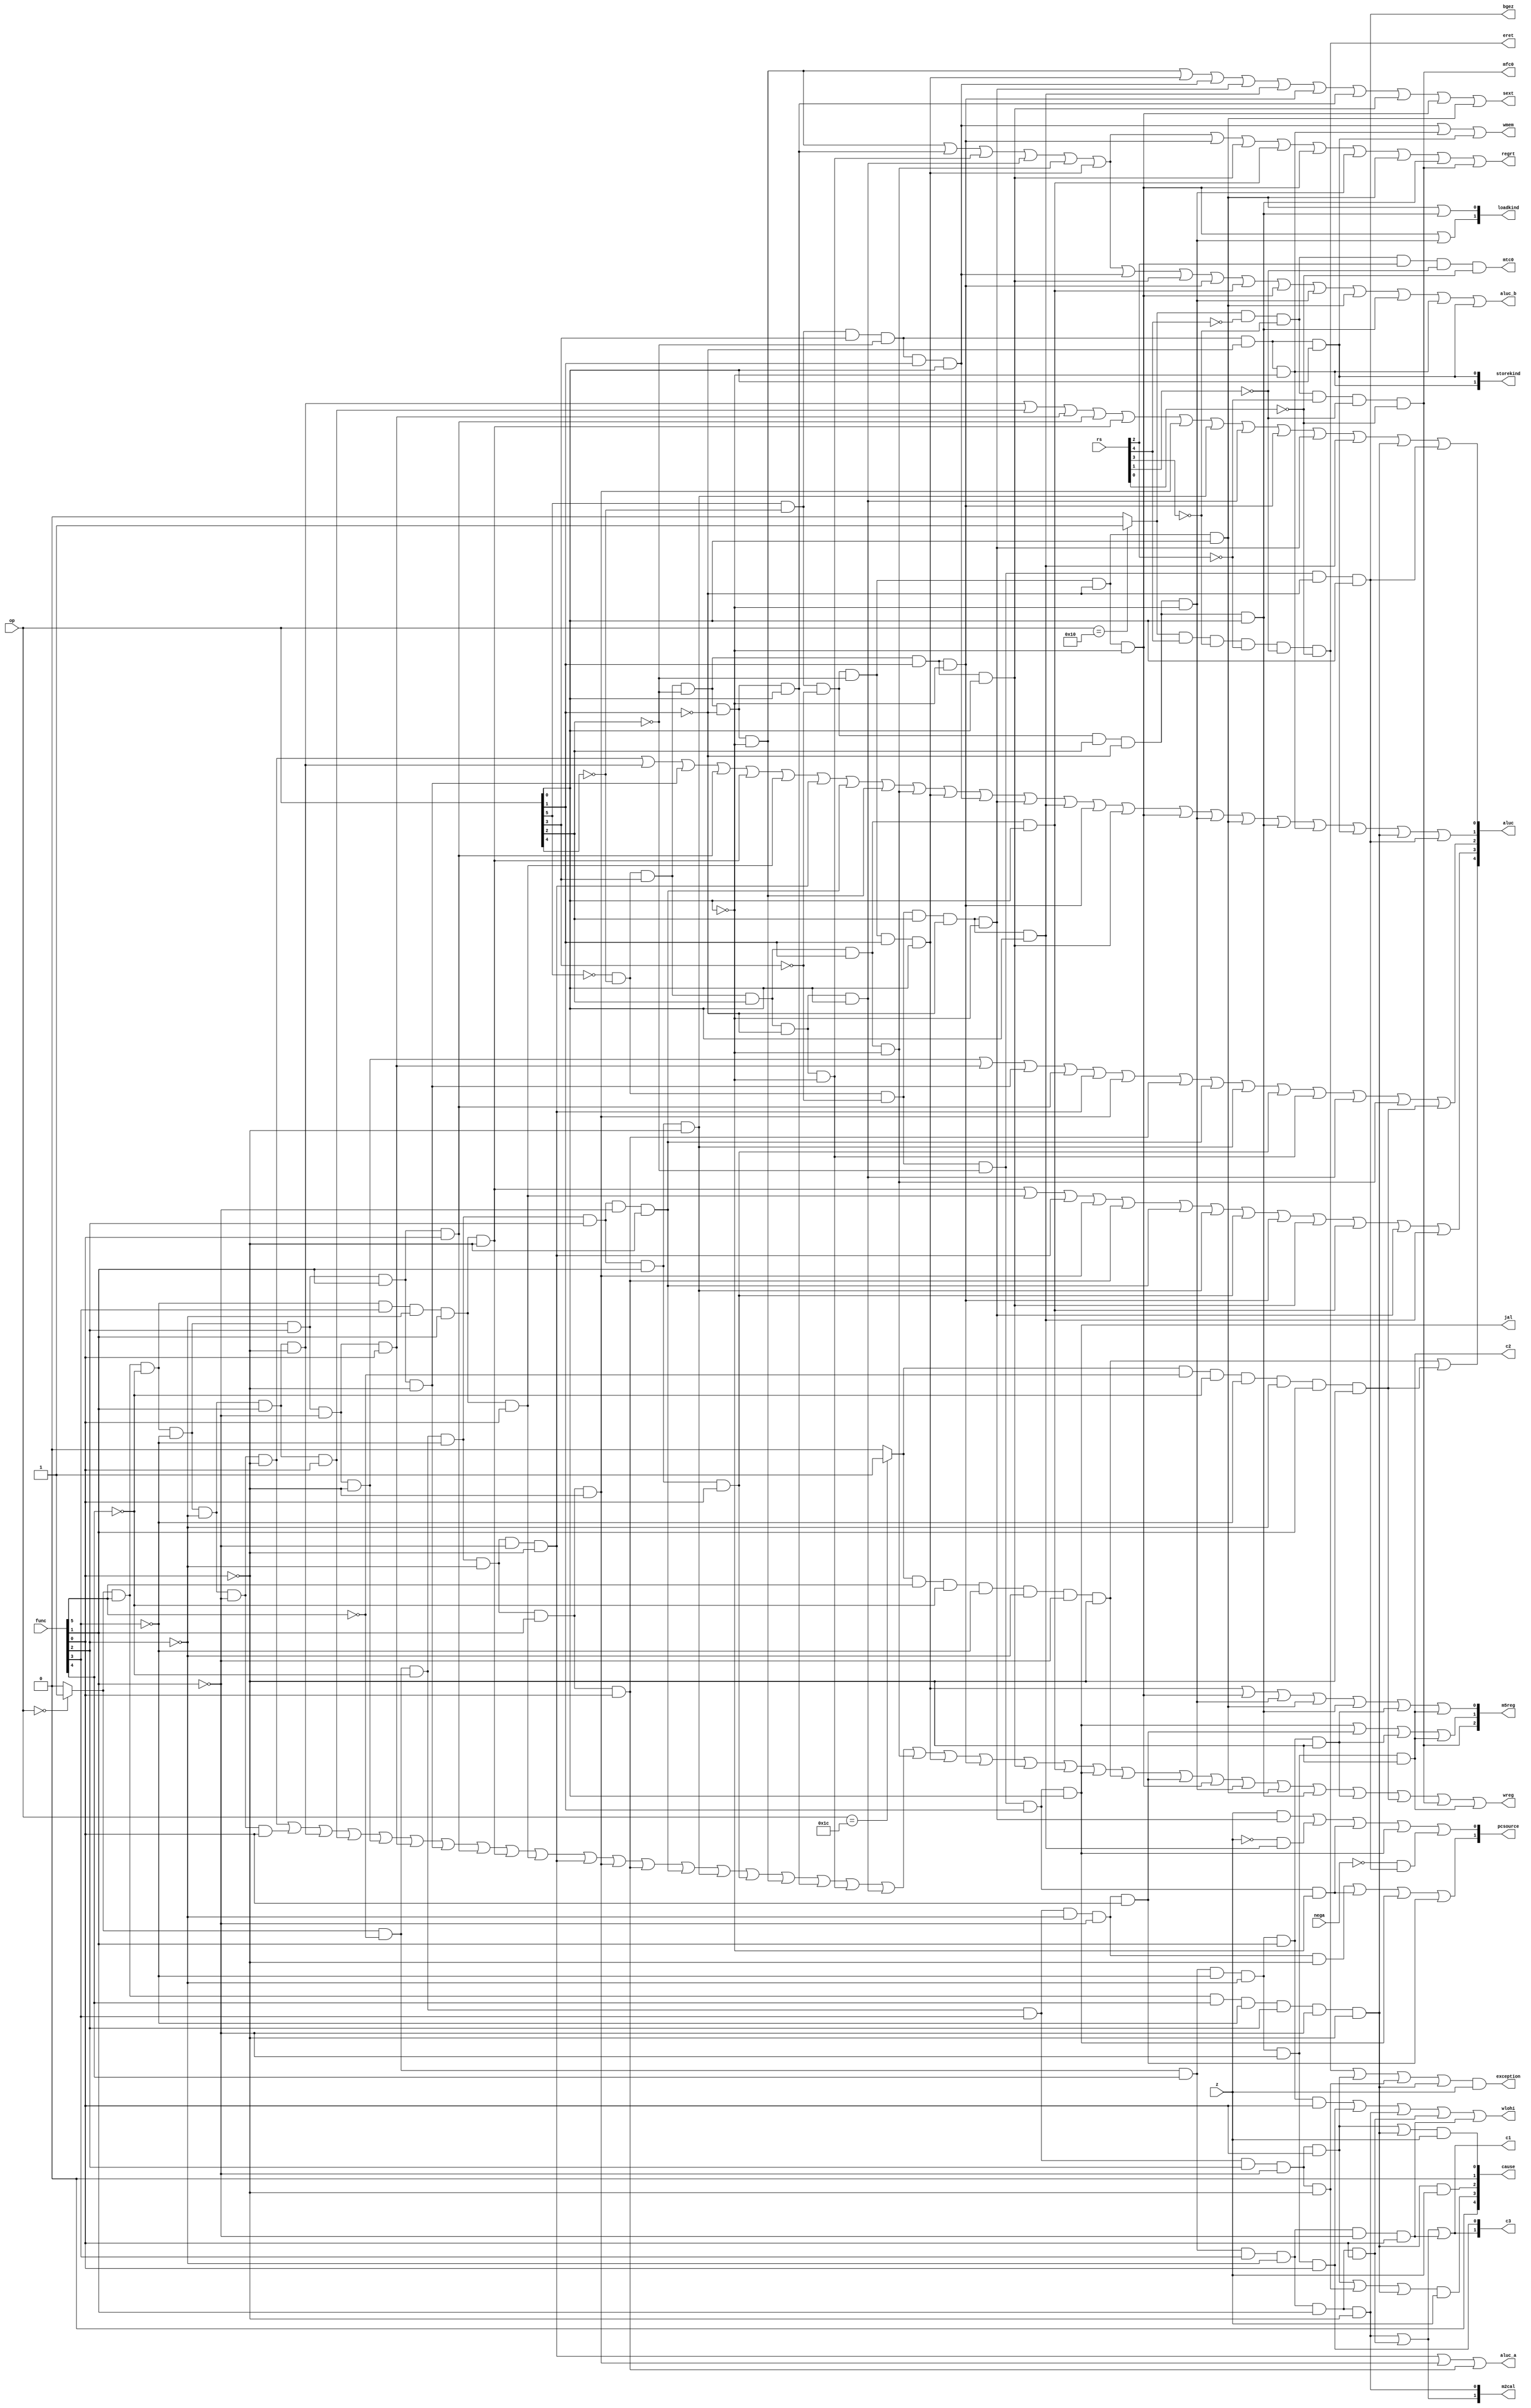
`timescale 1ns / 1ps

module Control_Unit(op,func,rs,z,nega,wmem,wreg,regrt,m5reg,aluc,aluc_a,aluc_b,jal,pcsource,sext,loadkind,
     storekind,m2cal,wlohi,c1,c2,exception,eret,mfc0,mtc0,cause,c3,bgez);
    input [5:0] op;
    input [5:0] func;
	input [4:0] rs;
    input z;  //zero
    input nega;   //negative
    output wmem;  //1Datamem 0:
    output wreg;  //1regfile 0
    output regrt; //reg 1rt0rd
    output [2:0] m5reg; //1(lw)0alu
    //2pc+43lohi4exc_addr
    output [4:0] aluc; //
    output aluc_a; //1shamt0regfilers
    output aluc_b; //1immediate0rd
    output jal;
    output [1:0] pcsource; //00PC+410jr01bnebeq 11j,jal
    //output call; //1PC+40alu
    output sext; //1sign-extend00zero-extend
    output [1:0] loadkind; //DMEMrt00:word,01:half-word 10:byte
    output [1:0] storekind;
    output [1:0] m2cal; // 00:mult 01:undiv 10:div
    output wlohi;
    output c1; //rs or lo/hi
    output c2; //lo or hi
    output exception;
    output eret;
    output mfc0;
    output mtc0;
    output [4:0] cause;
    output [1:0] c3;
    output bgez;
    
    //R-type
    wire r_type=(op==6'b000000)?1:0;
    wire add   =r_type&  func[5] &(~func[4])&(~func[3])&(~func[2])&(~func[1])&(~func[0]); //100000
    wire addu  =r_type&  func[5] &(~func[4])&(~func[3])&(~func[2])&(~func[1])&  func[0];  //100001
    wire sub   =r_type&  func[5] &(~func[4])&(~func[3])&(~func[2])&  func[1] &(~func[0]); //100010
    wire subu  =r_type&  func[5] &(~func[4])&(~func[3])&(~func[2])&  func[1] &  func[0];  //100011
    wire and_r =r_type&  func[5] &(~func[4])&(~func[3])&  func[2] &(~func[1])&(~func[0]); //100100
    wire or_r  =r_type&  func[5] &(~func[4])&(~func[3])&  func[2] &(~func[1])&  func[0];  //100101
    wire xor_r =r_type&  func[5] &(~func[4])&(~func[3])&  func[2] &  func[1] &(~func[0]); //100110
    wire nor_r =r_type&  func[5] &(~func[4])&(~func[3])&  func[2] &  func[1] &  func[0];  //100111
    wire slt   =r_type&  func[5] &(~func[4])&  func[3] &(~func[2])&  func[1] &(~func[0]); //101010
    wire sltu  =r_type&  func[5] &(~func[4])&  func[3] &(~func[2])&  func[1] &  func[0];  //101011
    wire sll   =r_type&(~func[5])&(~func[4])&(~func[3])&(~func[2])&(~func[1])&(~func[0]); //000000
    wire srl   =r_type&(~func[5])&(~func[4])&(~func[3])&(~func[2])&  func[1] &(~func[0]); //000010
    wire sra   =r_type&(~func[5])&(~func[4])&(~func[3])&(~func[2])&  func[1] &  func[0];  //000011
    wire sllv  =r_type&(~func[5])&(~func[4])&(~func[3])&  func[2] &(~func[1])&(~func[0]); //000100
    wire srlv  =r_type&(~func[5])&(~func[4])&(~func[3])&  func[2] &  func[1] &(~func[0]); //000110
    wire srav  =r_type&(~func[5])&(~func[4])&(~func[3])&  func[2] &  func[1] &  func[0];  //000111
    wire jr    =r_type&(~func[5])&(~func[4])&  func[3] &(~func[2])&(~func[1])&(~func[0]); //001000
	//new
	wire jalr  =r_type&(~func[5])&(~func[4])&  func[3] &(~func[2])&(~func[1])&  func[0];  //001001
	wire mfhi  =r_type&(~func[5])&  func[4] &(~func[3])&(~func[2])&(~func[1])&(~func[0]); //010000
	wire mthi  =r_type&(~func[5])&  func[4] &(~func[3])&(~func[2])&(~func[1])&  func[0];  //010001
	wire mflo  =r_type&(~func[5])&  func[4] &(~func[3])&(~func[2])&  func[1] &(~func[0]); //010010
	wire mtlo  =r_type&(~func[5])&  func[4] &(~func[3])&(~func[2])&  func[1] &  func[0];  //010011
	wire div   =r_type&(~func[5])&  func[4] &  func[3] &(~func[2])&  func[1] &(~func[0]); //011010
	wire divu  =r_type&(~func[5])&  func[4] &  func[3] &(~func[2])&  func[1] &  func[0];  //011011
	wire multu =r_type&(~func[5])&  func[4] &  func[3] &(~func[2])&(~func[1])&  func[0];  //011001
	wire i_break=r_type&(~func[5])&(~func[4])&  func[3] &  func[2] &(~func[1])&  func[0]; //001101
	wire teq   =r_type&  func[5] &  func[4] &(~func[3])&  func[2] &(~func[1])&(~func[0]); //110100
	wire syscall=r_type&(~func[5])&(~func[4])&  func[3] &  func[2] &(~func[1])&(~func[0]); //001100
    
    //I-type
    wire addi  =(~op[5])&(~op[4])&  op[3] &(~op[2])&(~op[1])&(~op[0]); //001000
    wire addiu =(~op[5])&(~op[4])&  op[3] &(~op[2])&(~op[1])&  op[0];  //001001
    wire andi  =(~op[5])&(~op[4])&  op[3] &  op[2] &(~op[1])&(~op[0]); //001100
    wire ori   =(~op[5])&(~op[4])&  op[3] &  op[2] &(~op[1])&  op[0];  //001101
    wire xori  =(~op[5])&(~op[4])&  op[3] &  op[2] &  op[1] &(~op[0]); //001110
    wire lw    =  op[5] &(~op[4])&(~op[3])&(~op[2])&  op[1] &  op[0];  //100011
    wire sw    =  op[5] &(~op[4])&  op[3] &(~op[2])&  op[1] &  op[0];  //101011
    wire beq   =(~op[5])&(~op[4])&(~op[3])&  op[2] &(~op[1])&(~op[0]); //000100
    wire bne   =(~op[5])&(~op[4])&(~op[3])&  op[2] &(~op[1])&  op[0];  //000101
    wire slti  =(~op[5])&(~op[4])&  op[3] &(~op[2])&  op[1] &(~op[0]); //001010
    wire sltiu =(~op[5])&(~op[4])&  op[3] &(~op[2])&  op[1] &  op[0];  //001011
    wire lui   =(~op[5])&(~op[4])&  op[3] &  op[2] &  op[1] &  op[0];  //001111
	//new
	wire lb    =  op[5] &(~op[4])&(~op[3])&(~op[2])&(~op[1])&(~op[0]); //100000
	wire lbu   =  op[5] &(~op[4])&(~op[3])&  op[2] &(~op[1])&(~op[0]); //100100
	wire lh    =  op[5] &(~op[4])&(~op[3])&(~op[2])&(~op[1])&  op[0];  //100001
	wire lhu   =  op[5] &(~op[4])&(~op[3])&  op[2] &(~op[1])&  op[0];  //100101
	wire sb    =  op[5] &(~op[4])&  op[3] &(~op[2])&(~op[1])&(~op[0]); //101000
	wire sh    =  op[5] &(~op[4])&  op[3] &(~op[2])&(~op[1])&  op[0];  //101001
	wire bgez  =(~op[5])&(~op[4])&(~op[3])&(~op[2])&(~op[1])&  op[0];  //000001
    
    //J-type
    wire j     =(~op[5])&(~op[4])&(~op[3])&(~op[2])&  op[1] &(~op[0]); //000010
    wire jal   =(~op[5])&(~op[4])&(~op[3])&(~op[2])&  op[1] &  op[0];  //000011 
	
	wire op_2  =(op==6'b010000)?1:0;
	wire mfc0  =op_2&(~rs[4])&(~rs[3])&(~rs[2])&(~rs[1])&(~rs[0]); //00000
	wire mtc0  =op_2&(~rs[4])&(~rs[3])&  rs[2] &(~rs[1])&(~rs[0]); //00100
	wire eret  =op_2&  rs[4] &(~rs[3])&(~rs[2])&(~rs[1])&(~rs[0]); //10000
	
	wire op_3  =(op==6'b011100)?1:0;
	wire clz   =op_3&  func[5] &(~func[4])&(~func[3])&(~func[2])&(~func[1])&(~func[0]); //100000
	wire mul   =op_3&(~func[5])&(~func[4])&(~func[3])&(~func[2])&  func[1] &(~func[0]); //000010
    
    assign exception=eret | i_break | syscall | teq&&z;
    //regfile
    assign wreg= add | addu | sub | subu | and_r
                | or_r | xor_r | nor_r | slt | sltu
                | sll | srl | sra | sllv | srlv | srav
                | addi | addiu | andi | ori | xori | lw
                | slti | sltiu | lui | jal | clz | jalr 
                | lb | lbu | lh | lhu | mflo | mul | mfc0 | mfhi; 
                
    //datamem
    assign wmem= sw | sb | sh;
    
    //rd or rt ? regrt=1:rt
    assign regrt = addi | addiu | andi | ori | xori | lw |
                   slti | sltiu | lui | lb | lbu | lh | lhu 
                   | mfc0;
                  
    //m5reg=1:write address from DataMEM
    assign m5reg[0]= lw | lb | lbu | lh | lhu | mflo | mfhi;
    assign m5reg[1]= jal | jalr | mflo | mfhi;
    assign m5reg[2]= mfc0;
    
    assign aluc_a= sll | srl | sra; 
    
    assign aluc_b= addi | addiu | andi | ori | xori | lw | sw |
                    sltiu | slti | lui | lb | lbu | lh | lhu |
                    sb | sh; 
                  
    assign sext= addi | lw | sw | beq | bne | slti | addiu | sltiu
                 | lb | lh;
    
    assign aluc[4]= clz | mul;
    
    assign aluc[3]= slt | sltu | sll | srl | sra | sllv | srlv | srav |
                   slti | sltiu | lui | beq | bne;
                   
    assign aluc[2]= and_r | or_r | xor_r | nor_r | sll | srl | sra | sllv
                   | srlv | srav | andi | ori | xori | mul;
                   
    assign aluc[1] = add | sub | xor_r | nor_r | slt | sltu | sll | sllv |
                   | addi | xori | lw | sw | beq | bne | slti | sltiu
                   | lb | lbu | lh | lhu | sb | sh | teq | bgez;
                   
    assign aluc[0] = sub | subu | or_r | nor_r | slt | srl | srlv | ori | 
                   | slti | beq | bne | teq | bgez;
                   
    assign pcsource[0]= z&beq | ~z&bne | j | jal | (~nega)&bgez;
    
    assign pcsource[1]= jr | j | jal | jalr;
    
    assign loadkind[0]= lh | lhu;
    assign loadkind[1]= lb | lbu;
    
    assign storekind[0]= sh;
    assign storekind[1]= sb;
    
    assign wlohi= mtlo | mthi | div | divu | multu;
    
    assign m2cal[0]= div;
    assign m2cal[1]= div | divu;
    
    assign c1= div | divu | multu;
    assign c2= mfhi;
    
    assign c3[0]= mthi;
    assign c3[1]= div | divu | multu;
   
    assign cause[0]= i_break | teq&&z;
    assign cause[1]= 1'b0;
    assign cause[2]= teq&&z;
    assign cause[3]= i_break | syscall | teq&&z;
    assign cause[4]= 1'b0;
   
endmodule